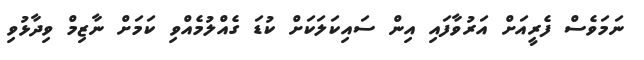
ނަމަވެސް ފެރީއަށް އަރުވާފައި އިން ސައިކަލަކަށް ކުޑަ ގެއްލުމެއްވި ކަމަށް ނާޒިމް ވިދާޅުވި